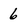
Character: 6